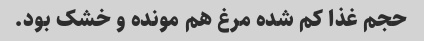
حجم غذا کم شده مرغ هم مونده و خشک بود.